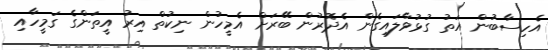
އެހިސާބުން އަތު ގުޅުވާލައިގެން އެދޮރުން ބޭރަށް އެމީހުން ނިކުތް އިރު އީތަންގެ ގަމީހާއި